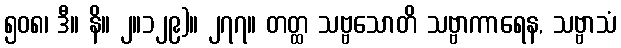
၅၀၈၊ ဒီ။ နိ။ ၂။၁၂၉)။ ၂၇၇။ တတ္ထ သဗ္ဗသောတိ သဗ္ဗာကာရေန, သဗ္ဗာသံ